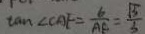
\tan \angle C A F = \frac { 6 } { A E } = \frac { \sqrt { 3 } } { 3 }